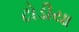
ટોડીયા